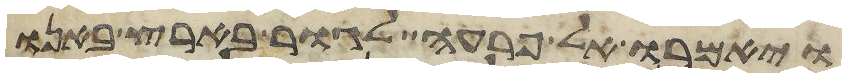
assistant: ויאמרו אל פרעה לגור בארץ באנו